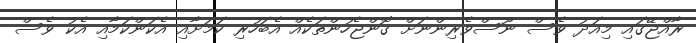
ރާއްޖޭގައި މިއަދު ވެސް ނޫސްވެރިންނަށް ގޮންޖެހުންތަކެއް އެބަހުރި ކަމަށާއި އެކަންކަމާއި އެކު ވެސް